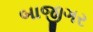
બાજીગર